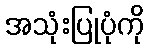
အသုံးပြုပုံကို